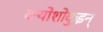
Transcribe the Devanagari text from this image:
क्योशोकुइन्